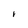
Character: i